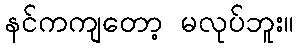
နင်ကကျတော့ မလုပ်ဘူး။